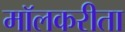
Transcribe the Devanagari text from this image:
मॉलकरीता